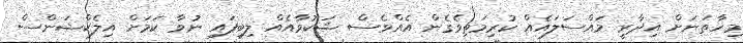
މިހާތަނަށް އިދާރީ މައްސަލައެއް ކުރިމަތިވެގެން އެއްވެސް ޝަކުވާއެއް ލިބިފައި ނުވާ ކަމަށް އިލެކްޝަންސް